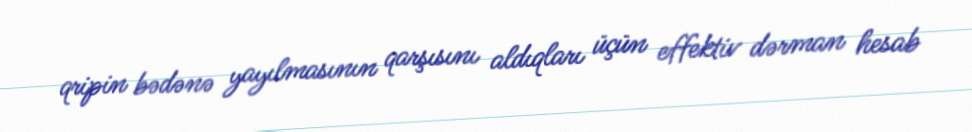
qripin bədənə yayılmasının qarşısını aldıqları üçün effektiv dərman hesab